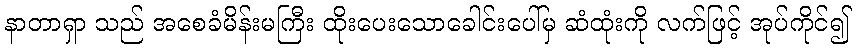
နာတာရှာ သည် အစေခံမိန်းမကြီး ထိုးပေးသောခေါင်းပေါ်မှ ဆံထုံးကို လက်ဖြင့် အုပ်ကိုင်၍